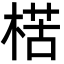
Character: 楛